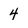
Character: 4